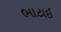
ભાટાઇ